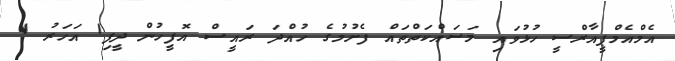
އެމްއެމްޕީއާރްސީ ހުޅުވައި މަސައްކަތްތައް ފެށުމުގެ ހުއްދަ ރައީސް އޮފީހުން ދީފި1 އަހަރު 1